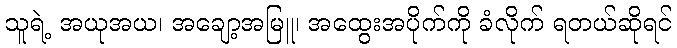
သူရဲ့ အယုအယ၊ အချော့အမြူ၊ အထွေးအပိုက်ကို ခံလိုက် ရတယ်ဆိုရင်